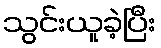
သွင်းယူခဲ့ပြီး